Report on vaccination in the Province of Bengal - 1869-1873
Year: 1869
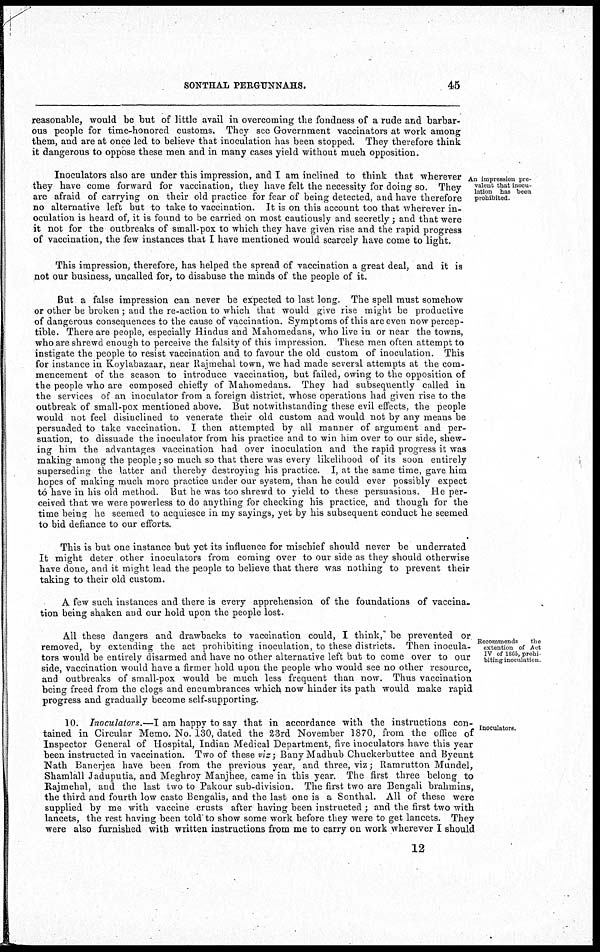
SONTHAL PERGUNNAHS.
45
reasonable, would be but of little avail in overcoming the fondness of a rude and barbar-
ous people for time-honored customs. They see Government vaccinators at work among
them, and are at once led to believe that inoculation has been stopped. They therefore think
it dangerous to oppose these men and in many cases yield without much opposition.
An impression pre-
valent that inocu-
lation has been
prohibited.
Inoculators also are under this impression, and I am inclined to think that wherever
they have come forward for vaccination, they have felt the necessity for doing so. They
are afraid of carrying on their old practice for fear of being detected, and have therefore
no alternative left but to take to vaccination. It is on this account too that wherever in-
oculation is heard of, it is found to be carried on most cautiously and secretly; and that were
it not for the outbreaks of small-pox to which they have given rise and the rapid progress
of vaccination, the few instances that I have mentioned would scarcely have come to light.
This impression, therefore, has helped the spread of vaccination a great deal, and it is
not our business, uncalled for, to disabuse the minds of the people of it.
But a false impression can never be expected to last long. The spell must somehow
or other be broken; and the re-action to which that would give rise might be productive
of dangerous consequences to the cause of vaccination. Symptoms of this are even now percep-
tible. There are people, especially Hindus and Mahomedans, who live in or near the towns,
who are shrewd enough to perceive the falsity of this impression. These men often attempt to
instigate the people to resist vaccination and to favour the old custom of inoculation. This
for instance in Koylabazaar, near Rajmehal town, we had made several attempts at the com-
mencement of the season to introduce vaccination, but failed, owing to the opposition of
the people who are composed chiefly of Mahomedans. They had subsequently called in
the services of an inoculator from a foreign district, whose operations had given rise to the
outbreak of small-pox mentioned above. But notwithstanding these evil effects, the people
would not feel disinclined to venerate their old custom and would not by any means be
persuaded to take vaccination. I then attempted by all manner of argument and per-
suation, to dissuade the inoculator from his practice and to win him over to our side, shew-
ing him the advantages vaccination had over inoculation and the rapid progress it was
making among the people; so much so that there was every likelihood of its soon entirely
superseding the latter and thereby destroying his practice. I, at the same time, gave him
hopes of making much more practice under our system, than he could ever possibly expect
to have in his old method. But he was too shrewd to yield to these persuasions. He per-
ceived that we were powerless to do anything for checking his practice, and though for the
time being he seemed to acquiesce in my sayings, yet by his subsequent conduct he seemed
to bid defiance to our efforts.
This is but one instance but yet its influence for mischief should never be underrated
It might deter other inoculators from coming over to our side as they should otherwise
have done, and it might lead the people to believe that there was nothing to prevent their
taking to their old custom.
A few such instances and there is every apprehension of the foundations of vaccina-
tion being shaken and our hold upon the people lost.
Recommends
the
extention of Act
IV of 1865, prohi-
biting inoculation.
All these dangers and drawbacks to vaccination could, I think," be prevented or
removed, by extending the act prohibiting inoculation, to these districts. Then inocula-
tors would be entirely disarmed and have no other alternative left but to come over to our
side, vaccination would have a firmer hold upon the people who would see no other resource,
and outbreaks of small-pox would be much less frequent than now. Thus vaccination
being freed from the clogs and encumbrances which now hinder its path would make rapid
progress and gradually become self-supporting.
Inoculators.
10. Inoculators.—I am happy to say that in accordance with the instructions con-
tained in Circular Memo. No. 130, dated the 23rd November 1870, from the office of
Inspector General of Hospital, Indian Medical Department, five inoculators have this year
been instructed in vaccination. Two of these viz; Bany Madhub Chuckerbuttee and Bycunt
Nath Banerjea have been from the previous year, and three, viz; Ramrutton Mundel,
Shamlall Jaduputia, and Meghroy Manjhee, came in this year. The first three belong to
Rajmehal, and the last two to Pakour sub-division. The first two are Bengali brahmins,
the third and fourth low caste Bengalis, and the last one is a Sonthal. All of these were
supplied by me with vaccine crusts after having been instructed ; and the first two with
lancets, the rest having been told to show some work before they were to get lancets. They
were also furnished with written instructions from me to carry on work wherever I should
12